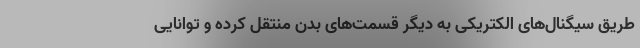
طریق سیگنال‌های الکتریکی به دیگر قسمت‌های بدن منتقل کرده و توانایی